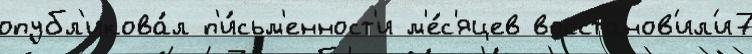
опубл'икова́л п'и́сьм'енност'и м'е́с'яцев восстанов'ил'и7